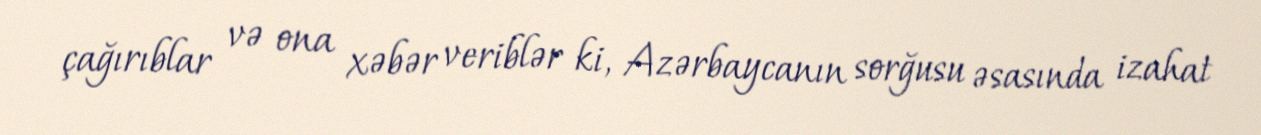
çağırıblar və ona xəbər veriblər ki, Azərbaycanın sorğusu əsasında izahat